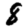
Digit: 8